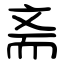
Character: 斋